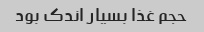
حجم غذا بسیار اندک بود